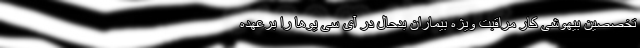
تخصصین بیهوشی کار مراقبت ویژه بیماران بدحال در آی سی یوها را برعهده